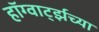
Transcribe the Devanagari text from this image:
हॉग्वार्ट्झच्या